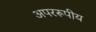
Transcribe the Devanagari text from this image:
अपररूपीय